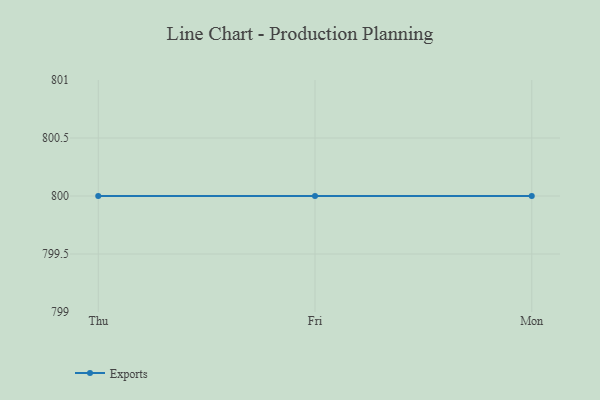
{"axis": {"x": "Day", "y": "Shipments"}, "legend": ["Exports"], "data": [{"x": "Thu", "y": 800, "type": "Exports"}, {"x": "Fri", "y": 800, "type": "Exports"}, {"x": "Mon", "y": 800, "type": "Exports"}]}